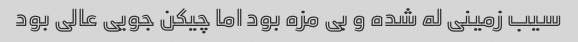
سیب زمینی له شده و بی مزه بود اما چیکن جویی عالی بود